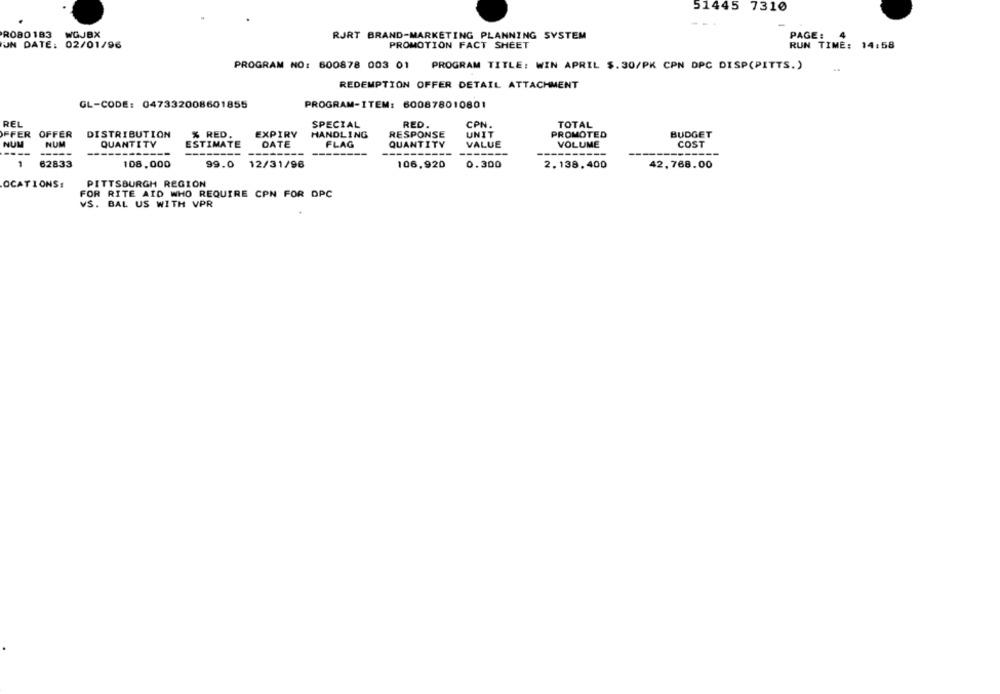
51445 7310
ROBO 183 WOJBX
RJRT BRAND-MARKETING PLANNING SYSTEM
PAGE :
UN DATE: 02/01/96
PROMOTION FACT SHEET
RUN TIME: 14:58
PROGRAM NO: 600878 003 01 PROGRAM TITLE: WIN APRIL $.30/PK CPN DPC DISP(PITTS.)
REDEMPTION OFFER DETAIL ATTACHMENT
PROGRAM-ITEM: 600878010801
GL-CODE: 047332008601855
REL
SPECIAL
RED.
CPN.
TOTAL
FFER OFFER DISTRIBUTION
% RED.
EXPIRY
HANDLING
RESPONSE
UNIT
PROMOTED
BUDGET
NUM
NUM
QUANTITY
ESTIMATE
DATE
FLAG
QUANTITY
VALUE
VOLUME
COST
--
-----
--------
------
-----
-----
1
62833
108,000
99.0 12/31/96
106,920
0.300
2.138,400
42,768.00
OCATIONS:
PITTSBURGH REGION
FOR RITE AID WHO REQUIRE CPN FOR DPC
VS. BAL US WITH VPR